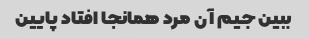
ببین جیم آن مرد همانجا افتاد پایین